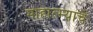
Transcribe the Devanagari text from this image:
माहात्म्याचे